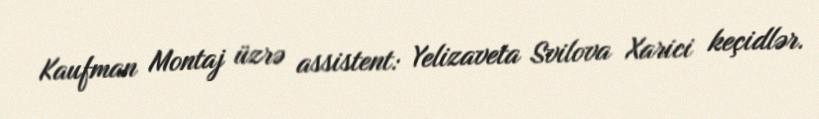
Kaufman Montaj üzrə assistent: Yelizaveta Svilova Xarici keçidlər.